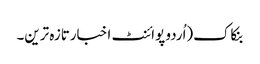
بنکاک(اُردو پوائنٹ اخبارتازہ ترین۔